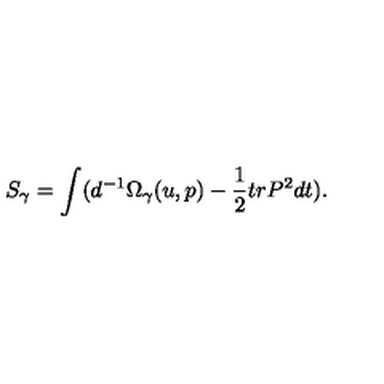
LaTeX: S _ { \gamma } = \int ( d ^ { - 1 } \Omega _ { \gamma } ( u , p ) - \frac { 1 } { 2 } t r P ^ { 2 } d t ) .